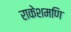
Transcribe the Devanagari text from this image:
राकेशमणि